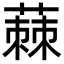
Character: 蕀